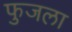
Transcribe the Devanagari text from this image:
फुजला